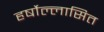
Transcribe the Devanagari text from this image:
हर्षोल्लासित